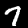
Label: 7